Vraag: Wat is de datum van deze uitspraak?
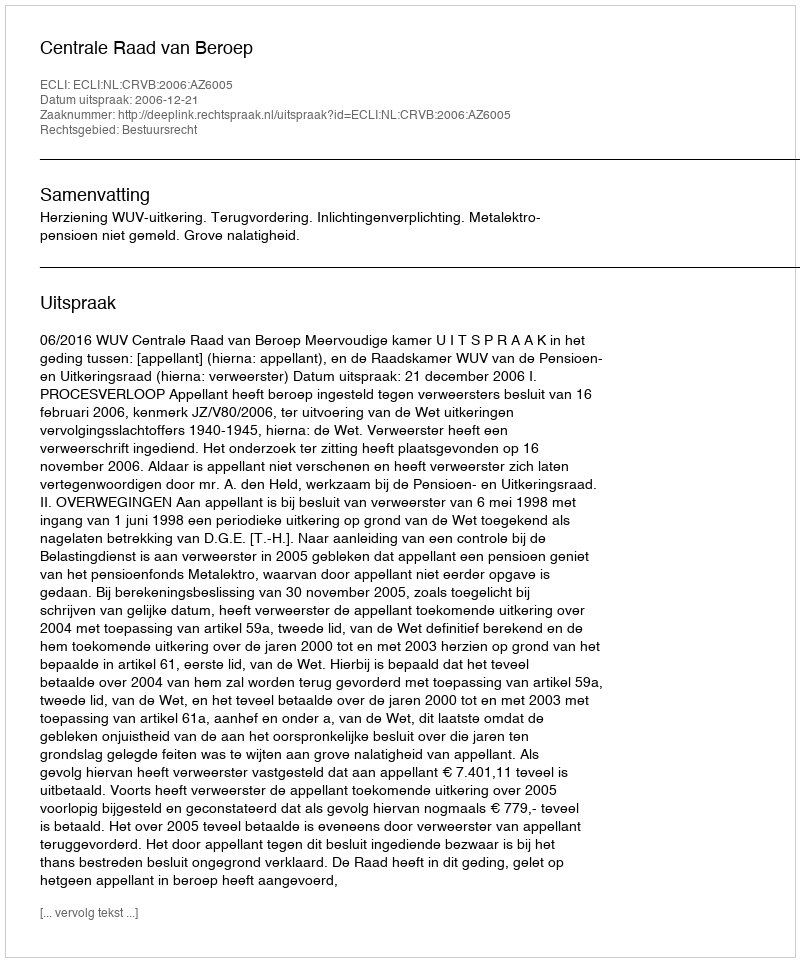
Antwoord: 2006-12-21